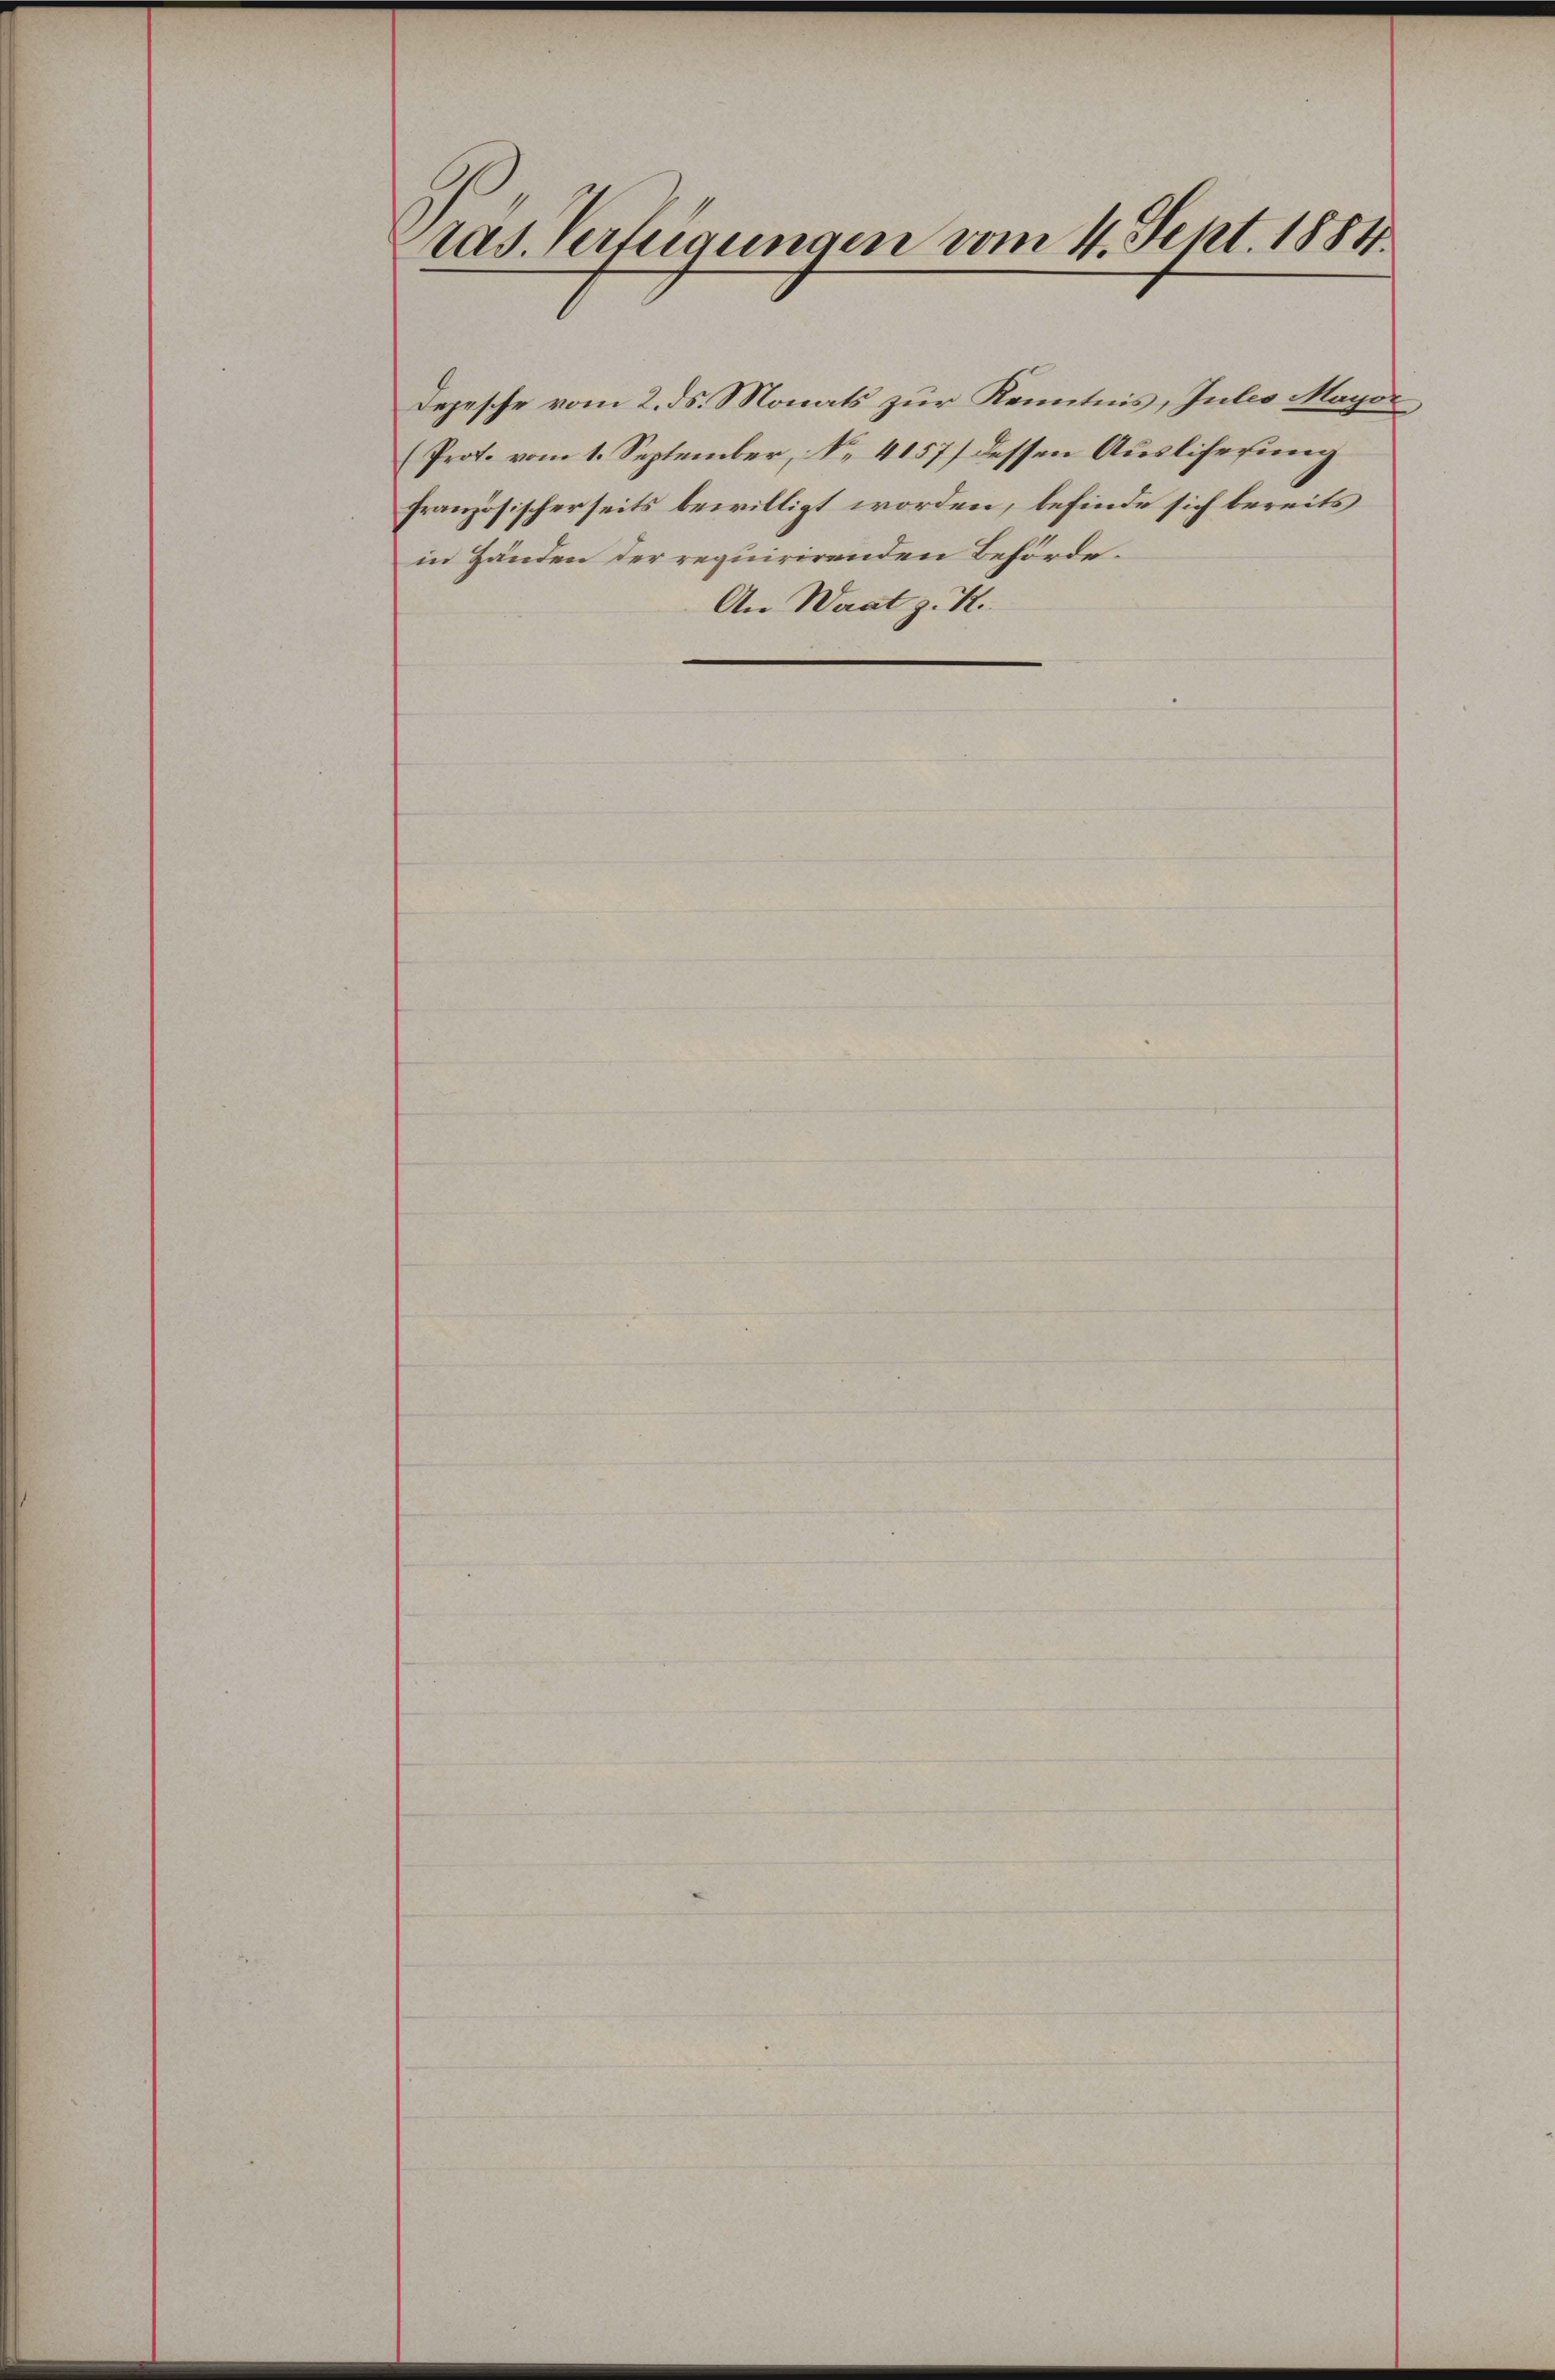
ras. Verfügungen vom 4. Sept. 1884.

Depesche vom 2. ds. Monats zur Kenntnis, Jules Mayo
(Prot. vom 1. September, No. 4157) dessen Ausliferung
französischerseits bewilligt worden, befinde sich bereits
in Händen der requirirenden Behörde¬
An Waat z. K.